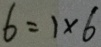
6 = 1 \times 6